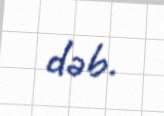
dəb.